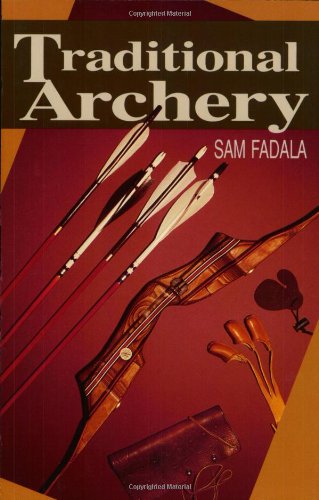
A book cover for Traditional Archery; Sam Fadala; Sports & Outdoors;